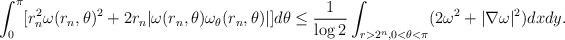
LaTeX: \begin{align*}\begin{aligned}\int_{0}^{\pi}[r_{n}^{2}\omega(r_{n},\theta)^{2}+2r_{n}|\omega(r_{n},\theta)\omega_{\theta}(r_{n},\theta)|]d\theta\leq\frac{1}{\log 2}\int_{r>2^{n},0<\theta<\pi}(2\omega^{2}+|\nabla\omega|^{2})dxdy.\end{aligned}\end{align*}